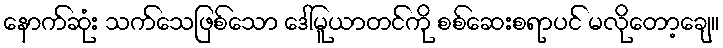
နောက်ဆုံး သက်သေဖြစ်သော ဒေါ်မူယာတင်ကို စစ်ဆေးစရာပင် မလိုတော့ချေ။